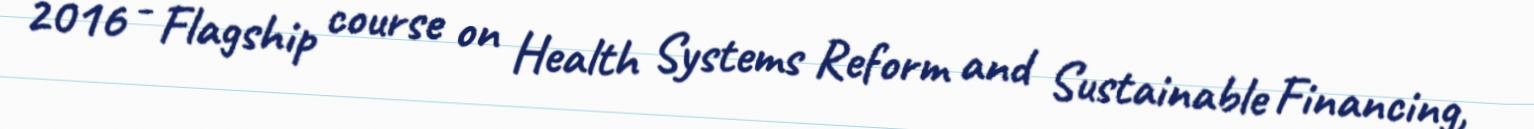
2016 - Flagship course on Health Systems Reform and Sustainable Financing,